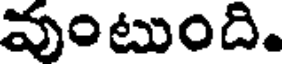
వుంటుంది.